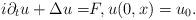
LaTeX: \begin{align*}i\partial_tu+\Delta u=&F,u(0,x)=u_0.\end{align*}